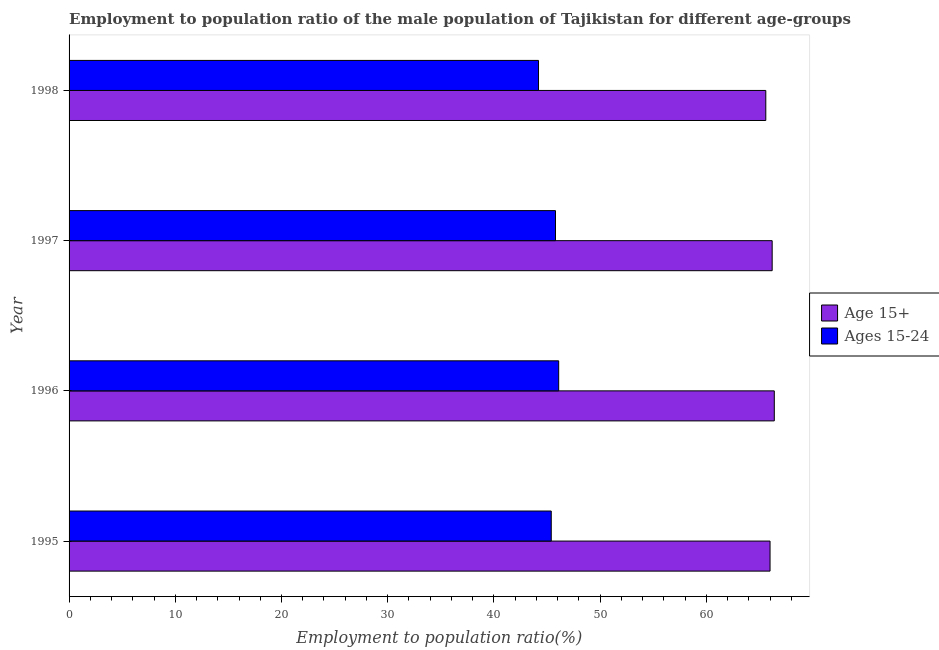
| Year | Age 15+ | Ages 15-24 |
 | --- | --- | --- |
 | 1995 | 66 | 45.4 |
 | 1996 | 66.4 | 46.1 |
 | 1997 | 66.2 | 45.8 |
 | 1998 | 65.6 | 44.2 |